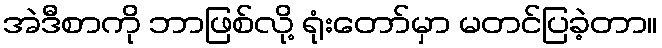
အဲဒီစာကို ဘာဖြစ်လို့ ရုံးတော်မှာ မတင်ပြခဲ့တာ။